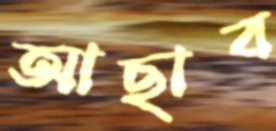
আছাব